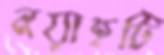
নয়াহটি